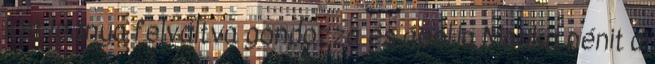
két leánya felváltva gondozza és ápolja Marika nénit a